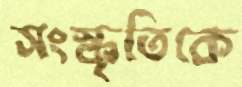
সংস্কৃতিকে